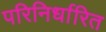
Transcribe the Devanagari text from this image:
परिनिर्धारित